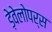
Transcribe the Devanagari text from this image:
ड़ेवेलोपर्स